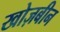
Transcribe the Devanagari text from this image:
खोज़बीन